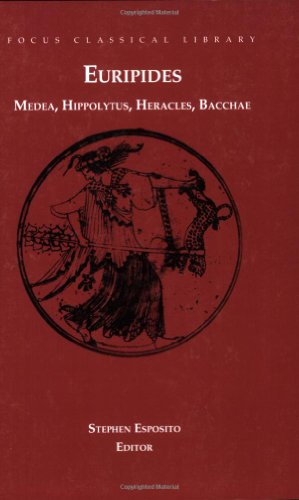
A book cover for Euripides: Medea, Hippolytus, Heracles, Bacchae; Euripides; Literature & Fiction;